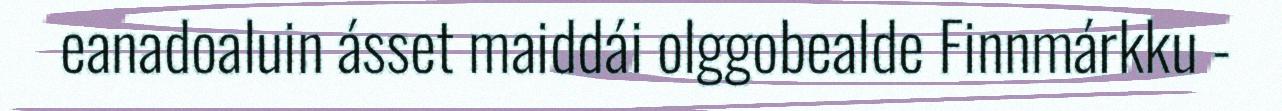
eanadoaluin ásset maiddái olggobealde Finnmárkku -